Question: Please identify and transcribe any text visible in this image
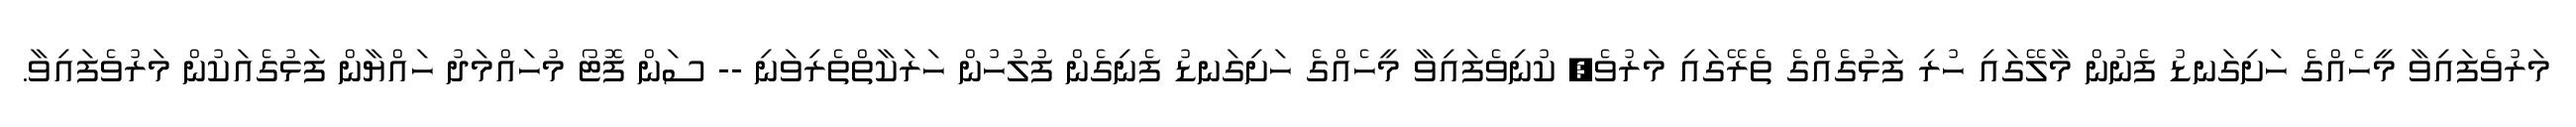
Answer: މަރުވެފައިވާ މީހެއްގެ ހަށިގަނޑު ފެނުން މާލޭގައި ހުރި ފަޅުގެއްގެ ތެރޭގައި މަރުވެ, ކުނިވެފައިވާ މީހެއްގެ ހަށިގަނޑު ފެނިގެން ފުލުހުން ހަރަކާތްތެރިވަނި -- ސަން ފޮޓޯ މުހައްމަދު ހައްޔާން ފަޅުގެއަކުން މަރުވެފައިވާ.